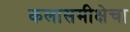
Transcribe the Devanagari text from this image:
कलासमीक्षेचा